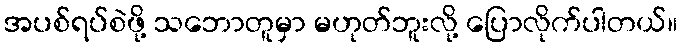
အပစ်ရပ်စဲဖို့ သဘောတူမှာ မဟုတ်ဘူးလို့ ပြောလိုက်ပါတယ်။